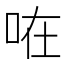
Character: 𠱽